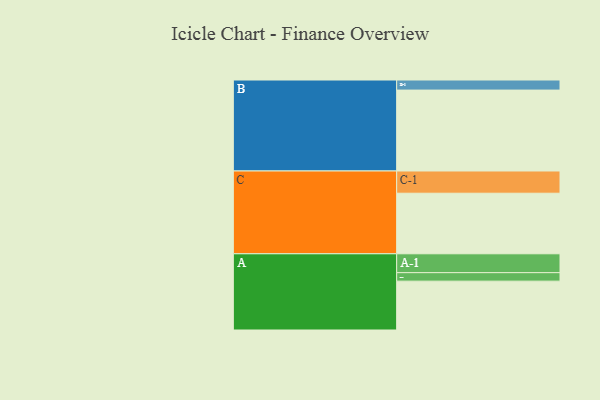
{"axis": {"x": "Segment", "y": "Value"}, "legend": ["", "A", "B", "C"], "data": [{"x": "A", "y": 334, "type": ""}, {"x": "B", "y": 553, "type": ""}, {"x": "C", "y": 414, "type": ""}, {"x": "A-1", "y": 129, "type": "A"}, {"x": "A-2", "y": 58, "type": "A"}, {"x": "B-1", "y": 69, "type": "B"}, {"x": "C-1", "y": 152, "type": "C"}]}